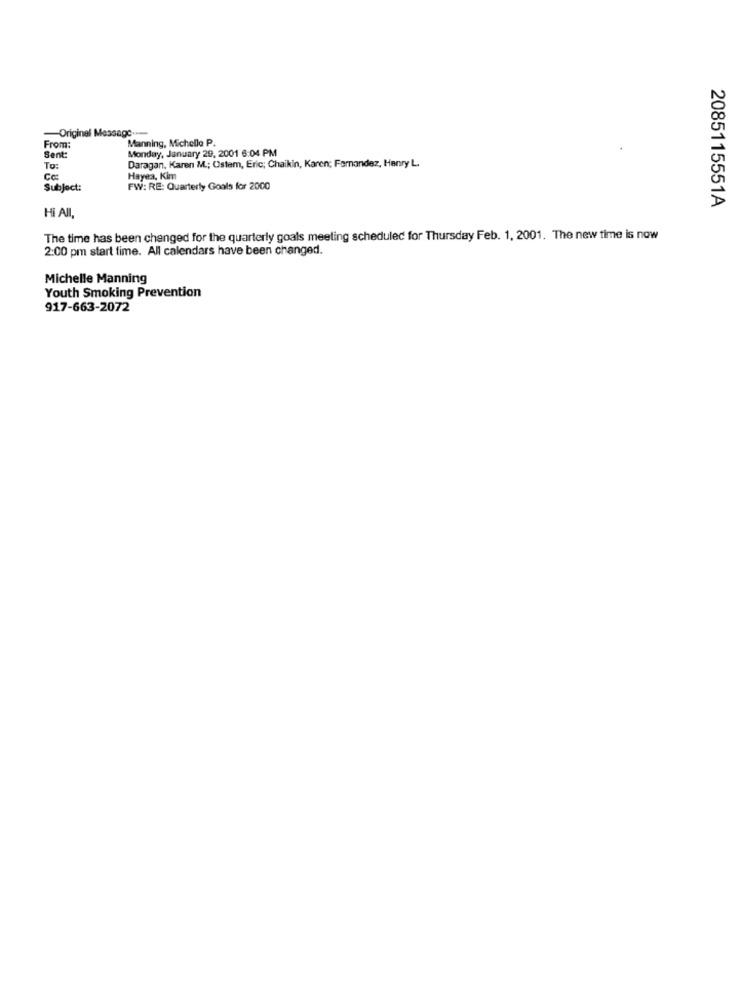
-Original Message .....
Manning, Michelle P.
From:
Monday, January 29, 2001 6:04 PM
Sent:
Daragan, Karen M .; Ostem, Eric; Chaikin, Karen; Fernandez, Henry L.
To:
Hayea, Kim
Subject:
FW: RE: Quarterly Goals for 2000
Hi All.
2085115551A
The time has been changed for the quarterly goals meeting scheduled for Thursday Feb. 1, 2001. The new time is now
2:00 pm start time. All calendars have been changed.
Michelle Manning
Youth Smoking Prevention
917-663-2072